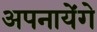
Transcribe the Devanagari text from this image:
अपनायेंगे